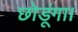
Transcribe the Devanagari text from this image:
छोडूंगा।